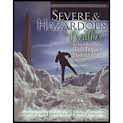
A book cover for Severe and Hazardous Weather: An Introduction to High Impact Meteorology; RAUBER  ROBERT; Science & Math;